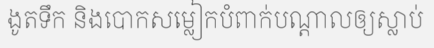
ងូតទឹក និងបោកសម្លៀកបំពាក់បណ្តាលឲ្យស្លាប់